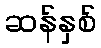
ဆန်နှစ်